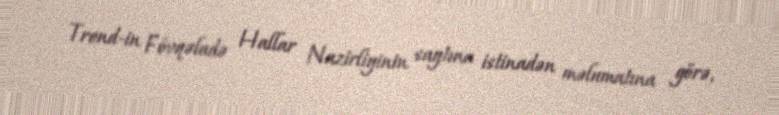
Trend-in Fövqəladə Hallar Nazirliyinin saytına istinadən məlumatına görə,